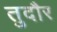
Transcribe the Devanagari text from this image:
तुदौर